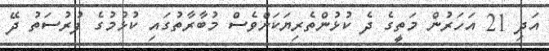
އަދި 21 އަހަރުން މަތީގެ ދެ ކުޅުންތެރިޔަކަށްވެސް މުބާރާތުގައި ކުޅުމުގެ ފުރުސަތު ދޭ